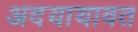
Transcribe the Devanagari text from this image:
अदयायावत